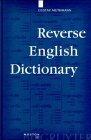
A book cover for Reverse English Dictionary: Based on Phonological and Morphological Principles (Topics in English Linguistics); Gustav Muthmann; Reference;